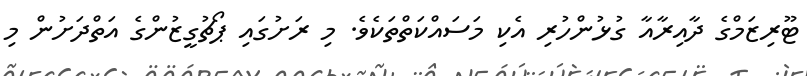
ޓޫރިޒަމްގެ ދާއިރާއާ ގުޅުންހުރި އެކި މަސައްކަތްތަކެވެ. މި ރަށުގައި ޕޯޗުގީޒުންގެ އަތްދަށުން މި